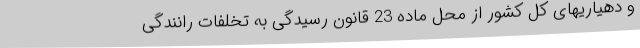
و دهیاریهای کل کشور از محل ماده 23 قانون رسیدگی به تخلفات رانندگی